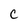
Character: C